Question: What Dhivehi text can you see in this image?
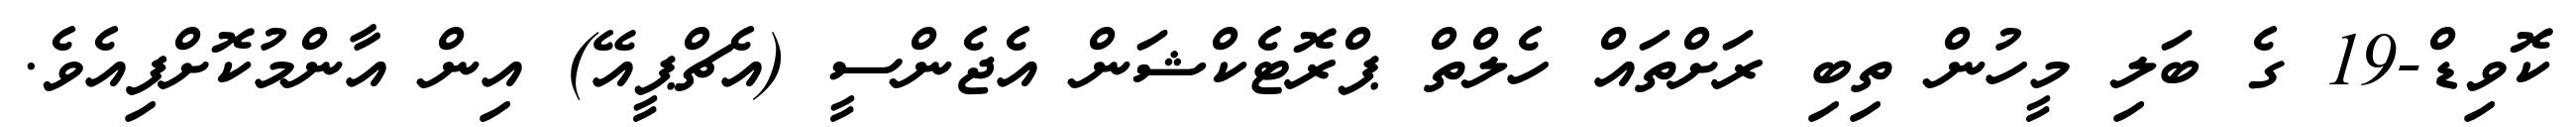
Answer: ކޮވިޑް-19 ގެ ބަލި މީހުން ތިބި ރަށްތައް ހެލްތް ޕްރޮޓެކްޝަން އެޖެންސީ (އެޗްޕީއޭ) އިން އާންމުކޮށްފިއެވެ.